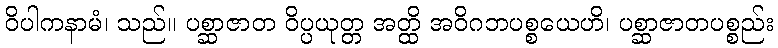
ဝိပါကနာမံ၊ သည်။ ပစ္ဆာဇာတ ဝိပ္ပယုတ္တ အတ္ထိ အဝိဂဘပစ္စယေဟိ၊ ပစ္ဆာဇာတပစ္စည်း